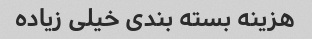
هزینه بسته بندی خیلی زیاده